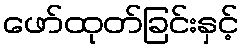
ဖော်ထုတ်ခြင်းနှင့်